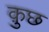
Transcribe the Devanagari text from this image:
क़ुछ